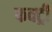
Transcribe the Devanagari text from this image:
फक्ट्री